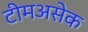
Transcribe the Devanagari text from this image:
टीमअसेक